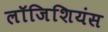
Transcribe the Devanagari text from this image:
लॉजिशियंस